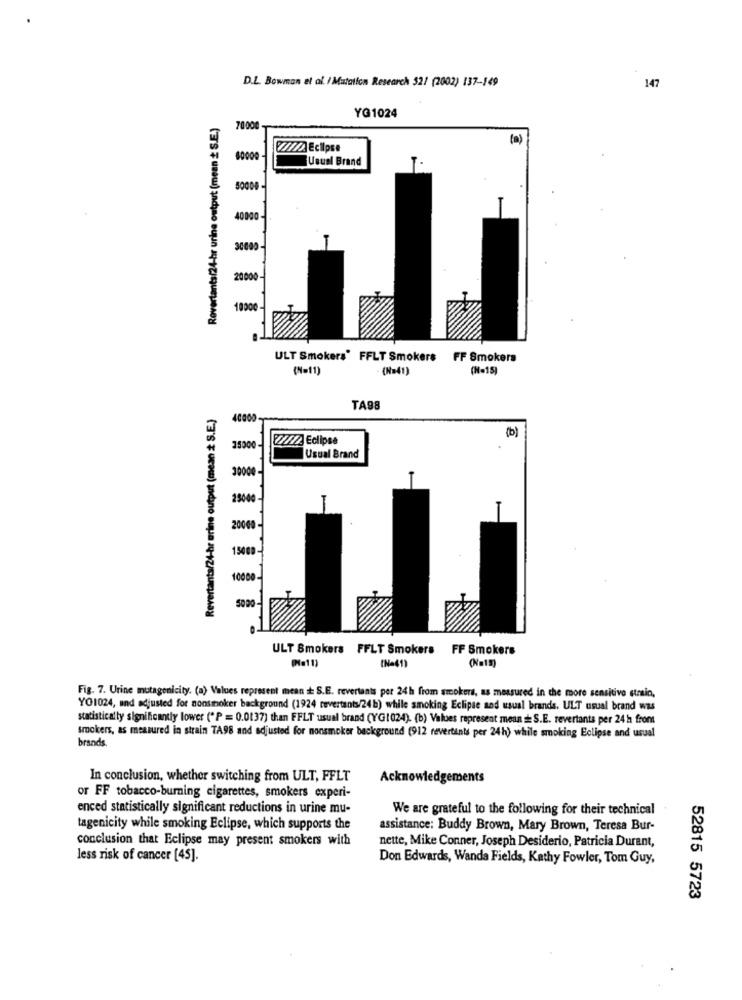
D.L. Bowman et al. / Mutation Research $2/ (2002) 137-149
147
YG1024
Rovertants/24-hr urine output (mean _ S.E.)
70000
(0)
2//// Eclipse
40000
Usuel Brand
50000
40000 -
20000
10000
ULT Smokers' FFLT Smokers FF Smokers
(N=11)
(N=41)
(N-15]
Revertants/24-hr erine output (mean * S.E.)
TA98
(b)
7///2 Eclipse
3500
Usual Brand
ULT Smokers FFLT Smokers FF Smokers
(N=41)
(N=15)
(Ne11)
Fig. 7. Urine mutagenicity. (a) Values represent mean S.E. revertants per 24h from smokers, as measured in the more sensitive strain,
YO1024, and adjusted for nonsmoker background (1924 revertants/24b) while smoking Eclipse and usual brands. ULT usual brand was
statistically significantly lower (*P = 0.0137) than FFLT usual brand (YG1024). (b) Values represent mean = S.E. revertants per 24 h from
smokers, as measured in strain TA98 and adjusted for nonsmoker background (912 revertints per 24h) while smoking Eclipse and usual
brands.
In conclusion, whether switching from ULT, FFLT
Acknowledgements
or FF tobacco-burning cigarettes, smokers experi-
enced statistically significant reductions in urine mu-
We are grateful to the following for their technical
tagenicity while smoking Eclipse, which supports the
assistance: Buddy Brown, Mary Brown, Teresa Bur-
conclusion that Eclipse may present smokers with
nette, Mike Conner, Joseph Desiderio, Patricia Durant,
less risk of cancer [45].
Don Edwards, Wanda Fields, Kathy Fowler, Tom Guy,
52815 5723